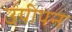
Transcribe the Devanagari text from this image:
उपीपन